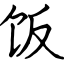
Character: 饭